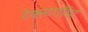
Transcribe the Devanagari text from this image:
टेक्स्टएडिट